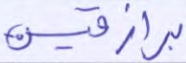
برازقين